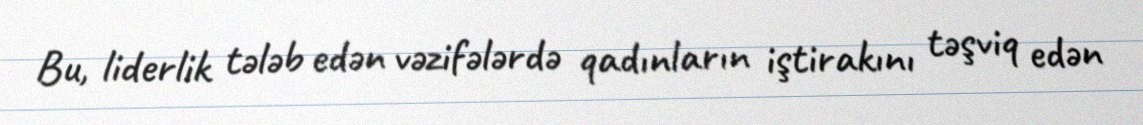
Bu, liderlik tələb edən vəzifələrdə qadınların iştirakını təşviq edən